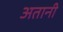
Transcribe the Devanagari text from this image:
अतानी